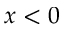
x < 0